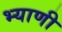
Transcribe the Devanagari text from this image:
भ्याणी